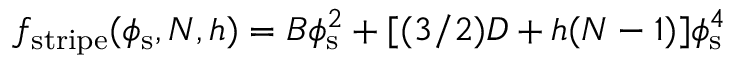
f _ { \mathrm { s t r i p e } } ( \phi _ { \mathrm { s } } , N , h ) = B \phi _ { \mathrm { s } } ^ { 2 } + [ ( 3 / 2 ) D + h ( N - 1 ) ] \phi _ { \mathrm { s } } ^ { 4 }